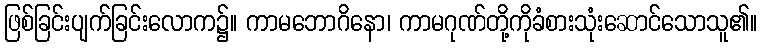
ဖြစ်ခြင်းပျက်ခြင်းလောက၌။ ကာမဘောဂိနော၊ ကာမဂုဏ်တို့ကိုခံစားသုံးဆောင်သောသူ၏။